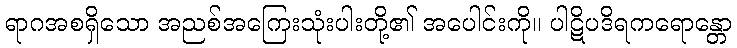
ရာဂအစရှိသော အညစ်အကြေးသုံးပါးတို့၏ အပေါင်းကို။ ပါဋိပဒိရကရောန္တော